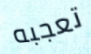
تعجبه